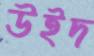
উইদ